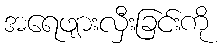
အရေဖျားလှီးခြင်းကို